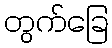
တွက်ခြေ